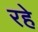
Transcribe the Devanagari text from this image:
रहेे